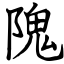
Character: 隗